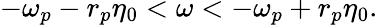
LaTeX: -\omega_{p}-r_{p}\eta_{0}<\omega<-\omega_{p}+r_{p}\eta_{0}.